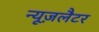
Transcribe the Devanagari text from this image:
न्यूज़लैटर